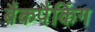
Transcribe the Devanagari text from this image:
बैकपैकिंग